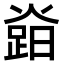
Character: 𤍷